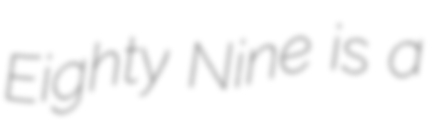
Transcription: Eighty Nine is a